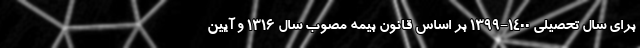
برای سال تحصیلی ۱۴۰۰-۱۳۹۹ بر اساس قانون بیمه مصوب سال ۱۳۱۶ و آیین